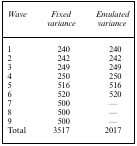
| Wave | Fixed | Emulated |
 |  | variance | variance |
 | --- | --- | --- |
 | 1 | 240 | 240 |
 | 2 | 242 | 242 |
 | 3 | 249 | 249 |
 | 4 | 250 | 250 |
 | 5 | 516 | 516 |
 | 6 | 520 | 520 |
 | 7 | 500 | — |
 | 8 | 500 | — |
 | 9 | 500 | — |
 | Total | 3517 | 2017 |